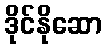
ဒိုင်နိုဆော